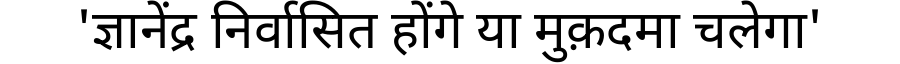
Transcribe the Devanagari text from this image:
'ज्ञानेंद्र निर्वासित होंगे या मुक़दमा चलेगा'